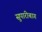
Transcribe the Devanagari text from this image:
सुपारीबाग